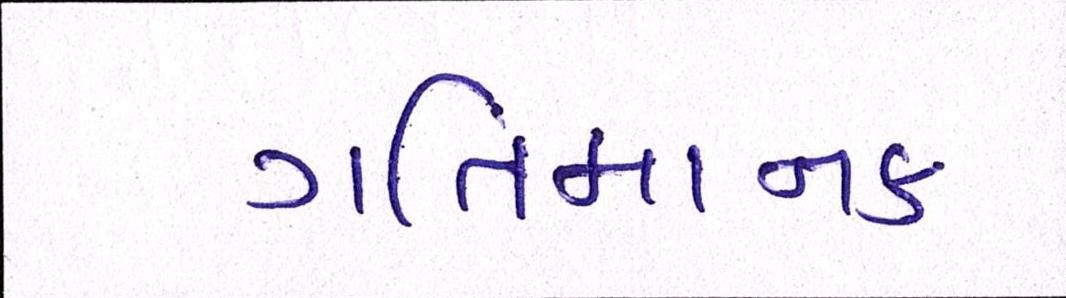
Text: ગતિમાનક